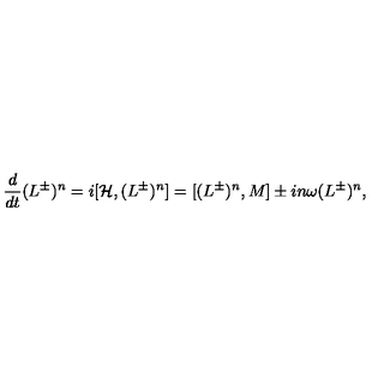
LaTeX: { \frac { d } { d t } } { ( L ^ { \pm } ) ^ { n } } = i [ { \cal H } , ( L ^ { \pm } ) ^ { n } ] = [ ( L ^ { \pm } ) ^ { n } , { M } ] \pm i n \omega ( L ^ { \pm } ) ^ { n } ,